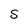
Character: S